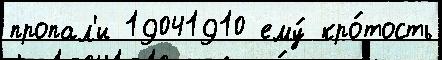
пропал'и 19041910 ему́ кро́тость